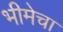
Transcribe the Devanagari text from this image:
भीमेचा